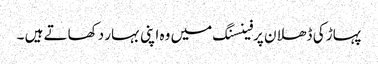
پہاڑ کی ڈھلان پرفینسنگ میں وہ اپنی بہار دکھاتے ہیں ۔